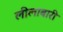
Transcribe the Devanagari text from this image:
लीलाबारी